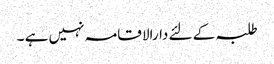
طلبہ کے لئے دارالا قامہ نہیں ہے ۔